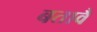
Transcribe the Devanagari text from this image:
बतावै